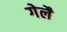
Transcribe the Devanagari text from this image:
गेलै